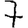
Digit: 7